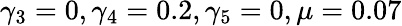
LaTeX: \gamma_{3}=0,\gamma_{4}=0.2,\gamma_{5}=0,\mu=0.07